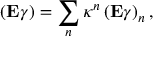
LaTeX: \left( \mathrm { \bf E } \gamma \right) = \sum _ { n } \kappa ^ { n } \left( \mathrm { \bf E } \gamma \right) _ { n } ,